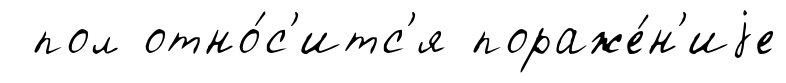
пол отно́с'итс'я пораже́н'иjе